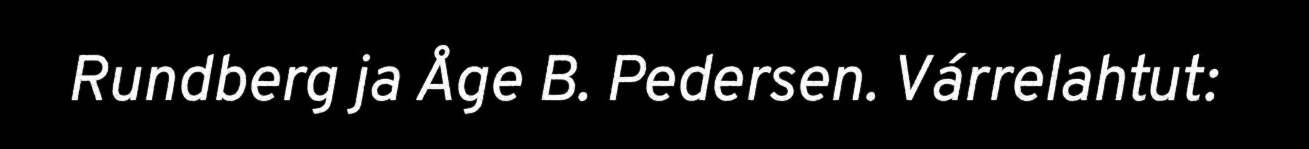
Rundberg ja Åge B. Pedersen. Várrelahtut: